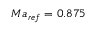
M a _ { r e f } = 0 . 8 7 5